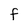
Character: F